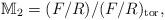
LaTeX: \begin{align*} \mathbb{M}_2=(F\slash R)\slash(F\slash R)_{\mathrm{tor}},\end{align*}